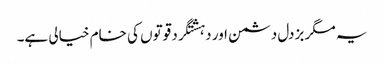
یہ مگر بزدل دشمن اور دہشتگرد قوتوں کی خام خیالی ہے۔